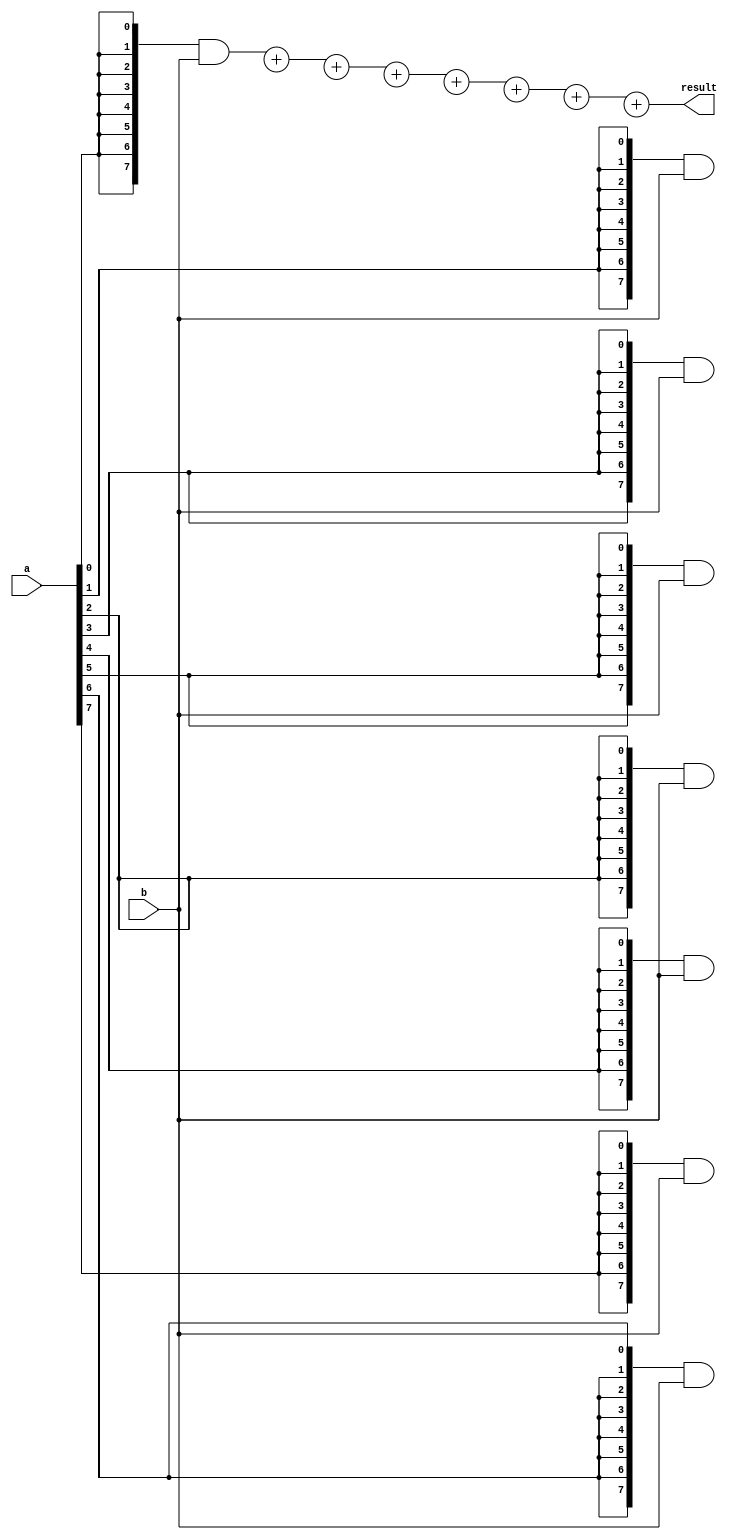
/*
   This file was generated automatically by Alchitry Labs version 1.2.1.
   Do not edit this file directly. Instead edit the original Lucid source.
   This is a temporary file and any changes made to it will be destroyed.
*/

module alu_multiply_13 (
    input [7:0] a,
    input [7:0] b,
    output reg [15:0] result
  );
  
  
  
  reg [15:0] p0;
  
  reg [15:0] p1;
  
  reg [15:0] p2;
  
  reg [15:0] p3;
  
  reg [15:0] p4;
  
  reg [15:0] p5;
  
  reg [15:0] p6;
  
  reg [15:0] p7;
  
  always @* begin
    p0[0+7-:8] = ({4'h8{a[0+0-:1]}}) & (b[0+7-:8]);
    p1[1+7-:8] = (({4'h8{a[1+0-:1]}}) & (b[0+7-:8]));
    p2[2+7-:8] = (({4'h8{a[2+0-:1]}}) & (b[0+7-:8]));
    p3[3+7-:8] = (({4'h8{a[3+0-:1]}}) & (b[0+7-:8]));
    p4[4+7-:8] = (({4'h8{a[4+0-:1]}}) & (b[0+7-:8]));
    p5[5+7-:8] = (({4'h8{a[5+0-:1]}}) & (b[0+7-:8]));
    p6[6+7-:8] = (({4'h8{a[6+0-:1]}}) & (b[0+7-:8]));
    p7[7+7-:8] = (({4'h8{a[7+0-:1]}}) & (b[0+7-:8]));
    p0[8+7-:8] = 8'h00;
    p1[9+6-:7] = 7'h00;
    p2[10+5-:6] = 6'h00;
    p3[11+4-:5] = 5'h00;
    p4[12+3-:4] = 4'h0;
    p5[13+2-:3] = 3'h0;
    p6[14+1-:2] = 2'h0;
    p7[15+0-:1] = 1'h0;
    result = p0 + p1 + p2 + p3 + p4 + p5 + p6 + p7;
  end
endmodule